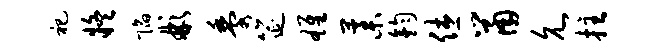
祀疑陷彬黍筵雄藁钧休鼠允拄